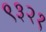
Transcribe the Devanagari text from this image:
९३२१